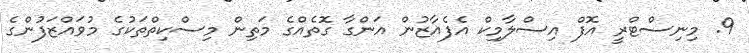
9. މިނިސްޓްރީ އޮފް އިސްލާމިކް އެފެއާޒުން އަންގާ ގޮތެއްގެ މަތިން މިސްކިތްތަކުގެ މުވައްޒަފުންގެ